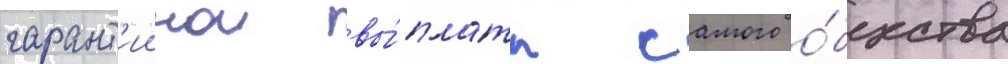
гарант'иинои вы́платы самого о́бщества